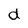
Character: d